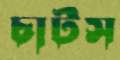
চার্টস